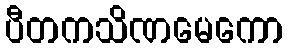
ပီတကသိဏမေကော